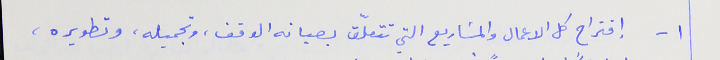
١- إقتراح كل الاعمال والمشاريع التي تتعلّق بصيانه الوقف، وتجميله، وتطويره،